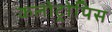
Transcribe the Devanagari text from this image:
कलोट्रोपिस